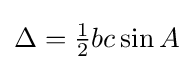
\Delta ={\tfrac {1}{2}}bc\sin A